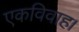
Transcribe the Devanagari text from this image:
एकविवाह।